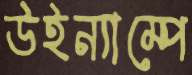
উইন্যাম্পে